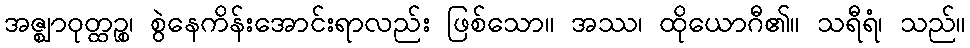
အဇ္ဈာဝုတ္ထဉ္စ၊ စွဲနေကိန်းအောင်းရာလည်း ဖြစ်သော။ အဿ၊ ထိုယောဂီ၏။ သရီရံ၊ သည်။